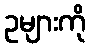
ဥများကို